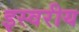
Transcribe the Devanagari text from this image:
इस्वरीय